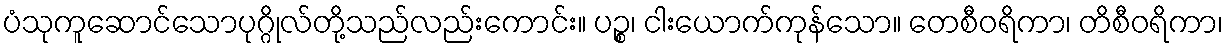
ပံသုကူဆောင်သောပုဂ္ဂိုလ်တို့သည်လည်းကောင်း။ ပဉ္စ၊ ငါးယောက်ကုန်သော။ တေစီဝရိကာ၊ တိစီဝရိကာ၊